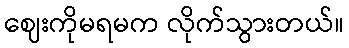
ဈေးကိုမရမက လိုက်သွားတယ်။